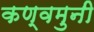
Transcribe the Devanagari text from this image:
कण्वमुनी